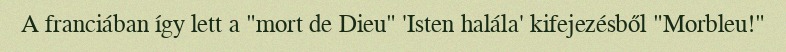
A franciában így lett a "mort de Dieu" 'Isten halála' kifejezésből "Morbleu!"